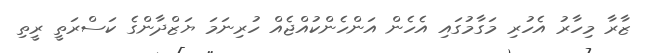
ޒާރާ މިހާރު އެހުރި މަގާމުގައި އެހެން އަންހެންކުއްޖެއް ހުރިނަމަ ޔަޒްދާންގެ ކަސްރަތީ ރީތި